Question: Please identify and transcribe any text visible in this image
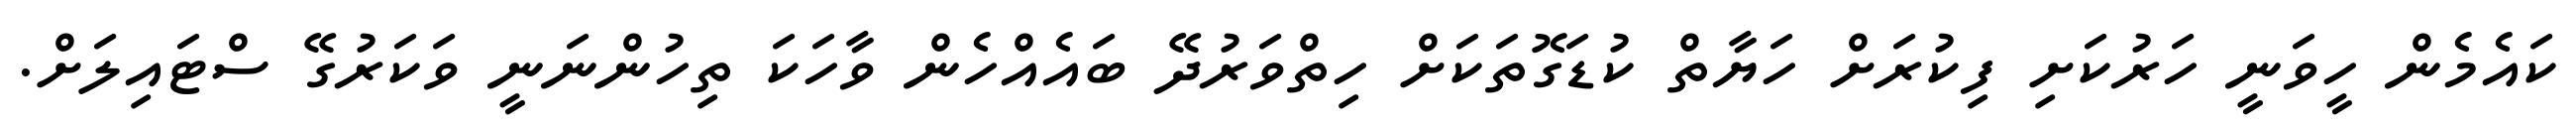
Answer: ކައެމެން ހީވަނީ ހަރުކަށި ފިކުރަށް ހަޔާތް ކުޑަގޮތަކަށް ހިތްވަރުދޭ ބައެއްހެން ވާހަކަ ތިހުންނަނީ ވަކަރުގޭ ސްޓައިލަށް.